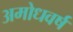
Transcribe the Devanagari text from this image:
अमोधवर्ष